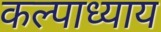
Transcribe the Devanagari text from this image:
कल्पाध्याय